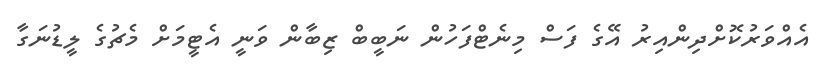
އެއްވަރުކޮށްދިންއިރު އޭގެ ފަސް މިނެޓްފަހުން ނަބީބް ޒިބާން ވަނީ އެޓީމަށް މެޗުގެ ލީޑުނަގާ